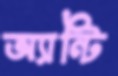
অ্যান্টি